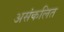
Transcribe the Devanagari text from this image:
असंकलित